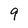
Character: 9